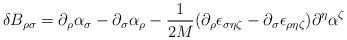
LaTeX: \begin{align*}\delta B_{\rho \sigma} =\partial_\rho \alpha_\sigma -\partial_\sigma \alpha _\rho - \frac{1}{2M}(\partial_\rho\epsilon_{\sigma\eta\zeta} - \partial_\sigma\epsilon_{\rho\eta\zeta})\partial^\eta\alpha^\zeta\end{align*}